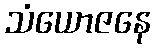
သံယောဇနေ